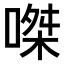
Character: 𠹳